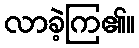
လာခဲ့ကြ၏။